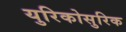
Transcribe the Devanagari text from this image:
युरिकोसुरिक